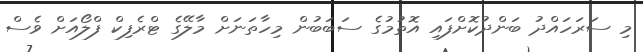
މި ސަރަހައްދު ބަންދުކޮށްފައި އޮތުމުގެ ސަބަބުން މިހާތަނަށް މާލޭގެ ޓްރެފިކް ފްލޯއަށް ވެސް